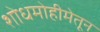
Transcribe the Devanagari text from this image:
शोधमोहीमेतून